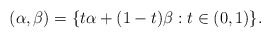
\begin{align*}(\alpha,\beta)=\{t\alpha+(1-t)\beta:t\in(0,1)\}.\end{align*}